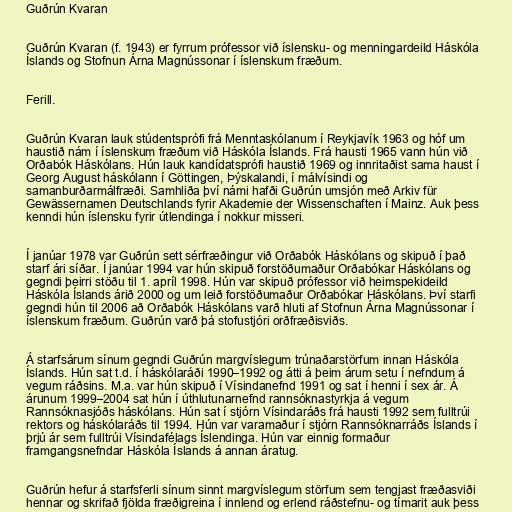
Guðrún Kvaran

Guðrún Kvaran (f. 1943) er fyrrum prófessor við íslensku- og menningardeild Háskóla
Íslands og Stofnun Árna Magnússonar í íslenskum fræðum.

Ferill.

Guðrún Kvaran lauk stúdentsprófi frá Menntaskólanum í Reykjavík 1963 og hóf um
haustið nám í íslenskum fræðum við Háskóla Íslands. Frá hausti 1965 vann hún við
Orðabók Háskólans. Hún lauk kandídatsprófi haustið 1969 og innritaðist sama haust í
Georg August háskólann í Göttingen, Þýskalandi, í málvísindi og
samanburðarmálfræði. Samhliða því námi hafði Guðrún umsjón með Arkiv für
Gewässernamen Deutschlands fyrir Akademie der Wissenschaften í Mainz. Auk þess
kenndi hún íslensku fyrir útlendinga í nokkur misseri.

Í janúar 1978 var Guðrún sett sérfræðingur við Orðabók Háskólans og skipuð í það
starf ári síðar. Í janúar 1994 var hún skipuð forstöðumaður Orðabókar Háskólans og
gegndi þeirri stöðu til 1. apríl 1998. Hún var skipuð prófessor við heimspekideild
Háskóla Íslands árið 2000 og um leið forstöðumaður Orðabókar Háskólans. Því starfi
gegndi hún til 2006 að Orðabók Háskólans varð hluti af Stofnun Árna Magnússonar í
íslenskum fræðum. Guðrún varð þá stofustjóri orðfræðisviðs.

Á starfsárum sínum gegndi Guðrún margvíslegum trúnaðarstörfum innan Háskóla
Íslands. Hún sat t.d. í háskólaráði 1990–1992 og átti á þeim árum setu í nefndum á
vegum ráðsins. M.a. var hún skipuð í Vísindanefnd 1991 og sat í henni í sex ár. Á
árunum 1999–2004 sat hún í úthlutunarnefnd rannsóknastyrkja á vegum
Rannsóknasjóðs háskólans. Hún sat í stjórn Vísindaráðs frá hausti 1992 sem fulltrúi
rektors og háskólaráðs til 1994. Hún var varamaður í stjórn Rannsóknarráðs Íslands í
þrjú ár sem fulltrúi Vísindafélags Íslendinga. Hún var einnig formaður
framgangsnefndar Háskóla Íslands á annan áratug.

Guðrún hefur á starfsferli sínum sinnt margvíslegum störfum sem tengjast fræðasviði
hennar og skrifað fjölda fræðigreina í innlend og erlend ráðstefnu- og tímarit auk þess